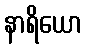
နာရိယော